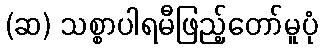
(ဆ) သစ္စာပါရမီဖြည့်တော်မူပုံ